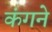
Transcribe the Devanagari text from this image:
कंगने